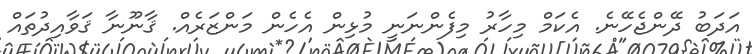
އަދަބު ދޭންޖެހޭނެ. އެކަމް މިހާރު މިފެންނަނީ މުޅިން އެހެން މަންޒަރެއް. ޤާނޫނާ ޤަވާއިދުތައް